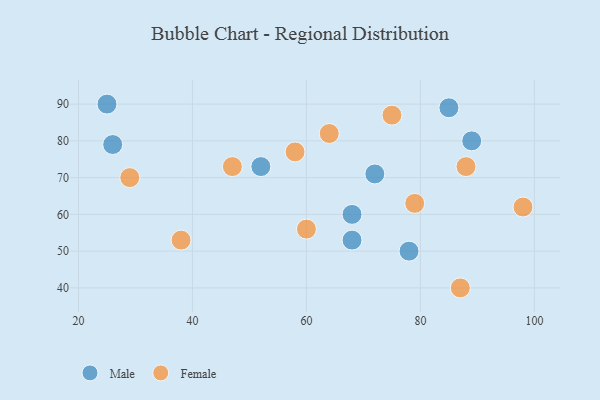
{"axis": {"x": "GDP", "y": "Life Expectancy"}, "legend": ["Female", "Male"], "data": [{"x": "25", "y": 90, "type": "Male"}, {"x": "26", "y": 79, "type": "Male"}, {"x": "52", "y": 73, "type": "Male"}, {"x": "85", "y": 89, "type": "Male"}, {"x": "89", "y": 80, "type": "Male"}, {"x": "68", "y": 60, "type": "Male"}, {"x": "78", "y": 50, "type": "Male"}, {"x": "68", "y": 53, "type": "Male"}, {"x": "72", "y": 71, "type": "Male"}, {"x": "29", "y": 70, "type": "Female"}, {"x": "87", "y": 40, "type": "Female"}, {"x": "60", "y": 56, "type": "Female"}, {"x": "64", "y": 82, "type": "Female"}, {"x": "47", "y": 73, "type": "Female"}, {"x": "58", "y": 77, "type": "Female"}, {"x": "88", "y": 73, "type": "Female"}, {"x": "98", "y": 62, "type": "Female"}, {"x": "75", "y": 87, "type": "Female"}, {"x": "38", "y": 53, "type": "Female"}, {"x": "79", "y": 63, "type": "Female"}]}